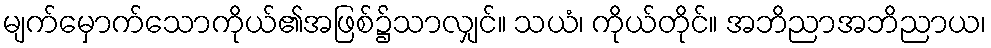
မျက်မှောက်သောကိုယ်၏အဖြစ်၌သာလျှင်။ သယံ၊ ကိုယ်တိုင်။ အဘိညာအဘိညာယ၊